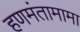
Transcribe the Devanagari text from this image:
हणमंतामामा